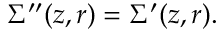
\Sigma ^ { \prime \prime } ( z , r ) = \Sigma ^ { \prime } ( z , r ) .